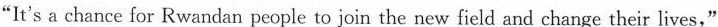
"It's a chance for Rwandan people to join the new field and change their lives,"